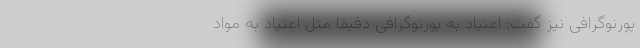
پورنوگرافی نیز گفت: اعتیاد به پورنوگرافی دقیقا مثل اعتیاد به مواد